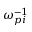
\omega _ { p i } ^ { - 1 }